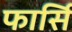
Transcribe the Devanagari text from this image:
फार्सि